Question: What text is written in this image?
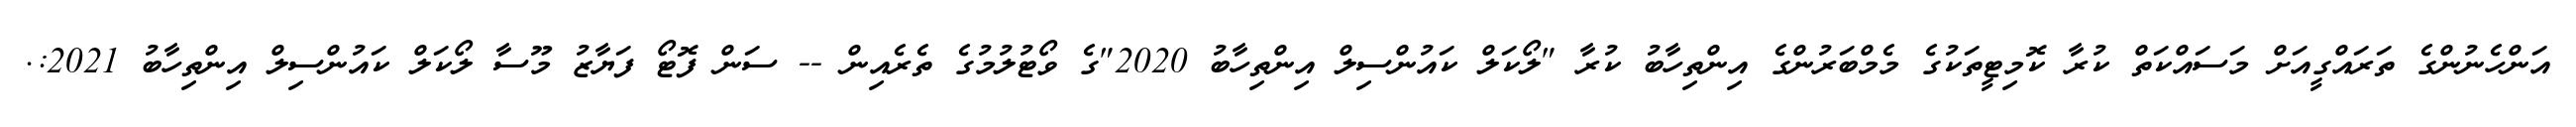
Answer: އަންހެނުންގެ ތަރައްގީއަށް މަސައްކަތް ކުރާ ކޮމިޓީތަކުގެ މެމްބަރުންގެ އިންތިހާބު ކުރާ "ލޯކަލް ކައުންސިލް އިންތިހާބު 2020"ގެ ވޯޓުލުމުގެ ތެރެއިން -- ސަން ފޮޓޯ ފަޔާޒު މޫސާ ލޯކަލް ކައުންސިލް އިންތިހާބު 2021:.